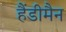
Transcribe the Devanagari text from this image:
हैंडीमैन